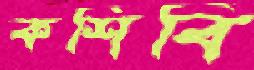
কশিবি